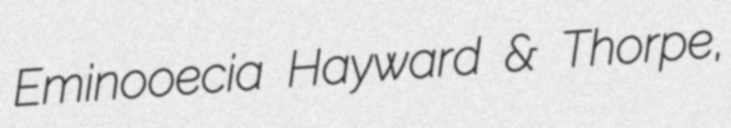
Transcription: Eminooecia Hayward & Thorpe,